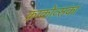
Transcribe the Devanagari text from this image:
क्राकोव्सका